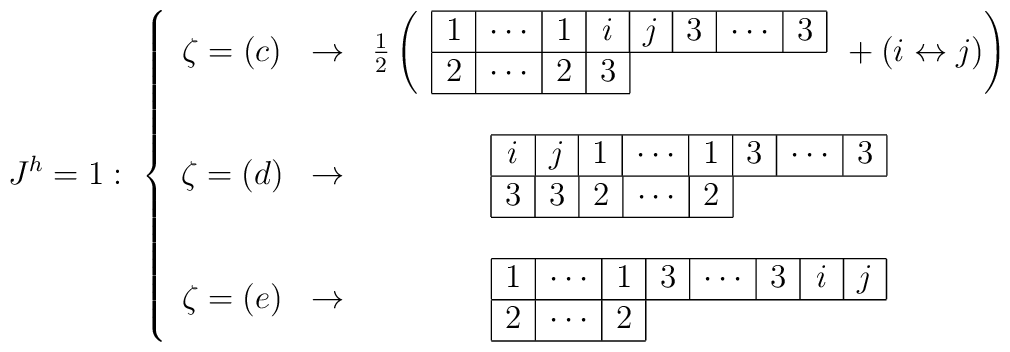
J^h=1:\ \left\{\begin{array}{ccc}\zeta=(c) & \to & \frac{1}{2}\left(\begin{array}{l}\begin{array}{|c|c|c|c|c|c|c|c|}\hline            1 & \cdots & 1 & \hskip .03 cm i \hskip .03 cm            & j & 3 & \cdots & 3\\\hline\end{array}\\\begin{array}{|c|c|c|c|c|}            2 & \cdots & 2 & 3\\\hline\end{array}\end{array} + (i\leftrightarrow j)\right)\\ && \\\zeta=(d) & \to &\begin{array}{l}\begin{array}{|c|c|c|c|c|c|c|c|}\hline             \hskip .03 cm i \hskip .04 cm & j & 1             & \cdots & 1 & 3 & \cdots & 3\\\hline\end{array}\\\begin{array}{|c|c|c|c|c|c|}            3 & 3 & 2 & \cdots & 2 \\\hline\end{array}\end{array}\\ && \\\zeta=(e) & \to &\begin{array}{l}\begin{array}{|c|c|c|c|c|c|c|c|}\hline            1 & \cdots & 1 & 3 & \cdots & 3 &            \hskip .03 cm i \hskip .03 cm & j\\\hline\end{array}\\\begin{array}{|c|c|c|c|}            2 & \cdots & 2 \\\hline\end{array}\end{array}\end{array}\right.